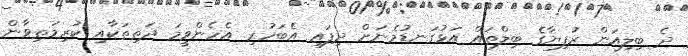
ދެ ބިލިއަން ރުފިޔާގެ ބިލްތައް އަޅުގަނޑުމެނަށް ދިފައި އެބަހުރި. އެހެންވީމަ ދަތިތަކާއި ކުރިމަތިވާން